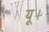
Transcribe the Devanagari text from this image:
यू।